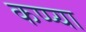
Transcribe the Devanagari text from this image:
कप्प्या